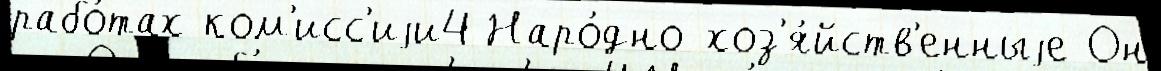
рабо́тах ком'исс'иjи4 Наро́дно-хоз'я́йств'енныjе Он